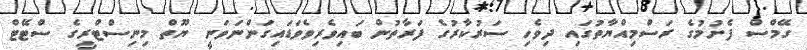
ގޭމްސް ފެށުމުގެ ރަސްމިއްޔާތުގައި ދިވެހި ސަރުކާރުގެ ފަރާތުން ބައިވެރިވެވަޑައިގަންނަވަނީ ޔޫތް މިނިސްޓްރީގެ ސްޓޭޓް